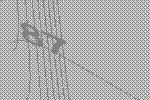
87